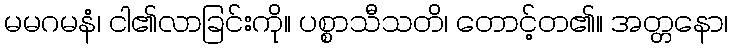
မမဂမနံ၊ ငါ၏လာခြင်းကို။ ပစ္စာသီသတိ၊ တောင့်တ၏။ အတ္တနော၊